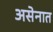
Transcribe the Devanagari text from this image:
असेनात